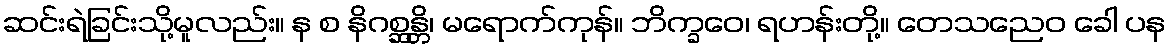
ဆင်းရဲခြင်းသို့မူလည်း။ န စ နိဂစ္ဆန္တိ၊ မရောက်ကုန်။ ဘိက္ခဝေ၊ ရဟန်းတို့။ တေသညေဝ ခေါ ပန